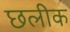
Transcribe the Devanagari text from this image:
छलीक